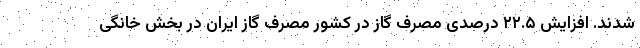
شدند. افزایش ۲۲.۵ درصدی مصرف گاز در کشور مصرف گاز ایران در بخش خانگی